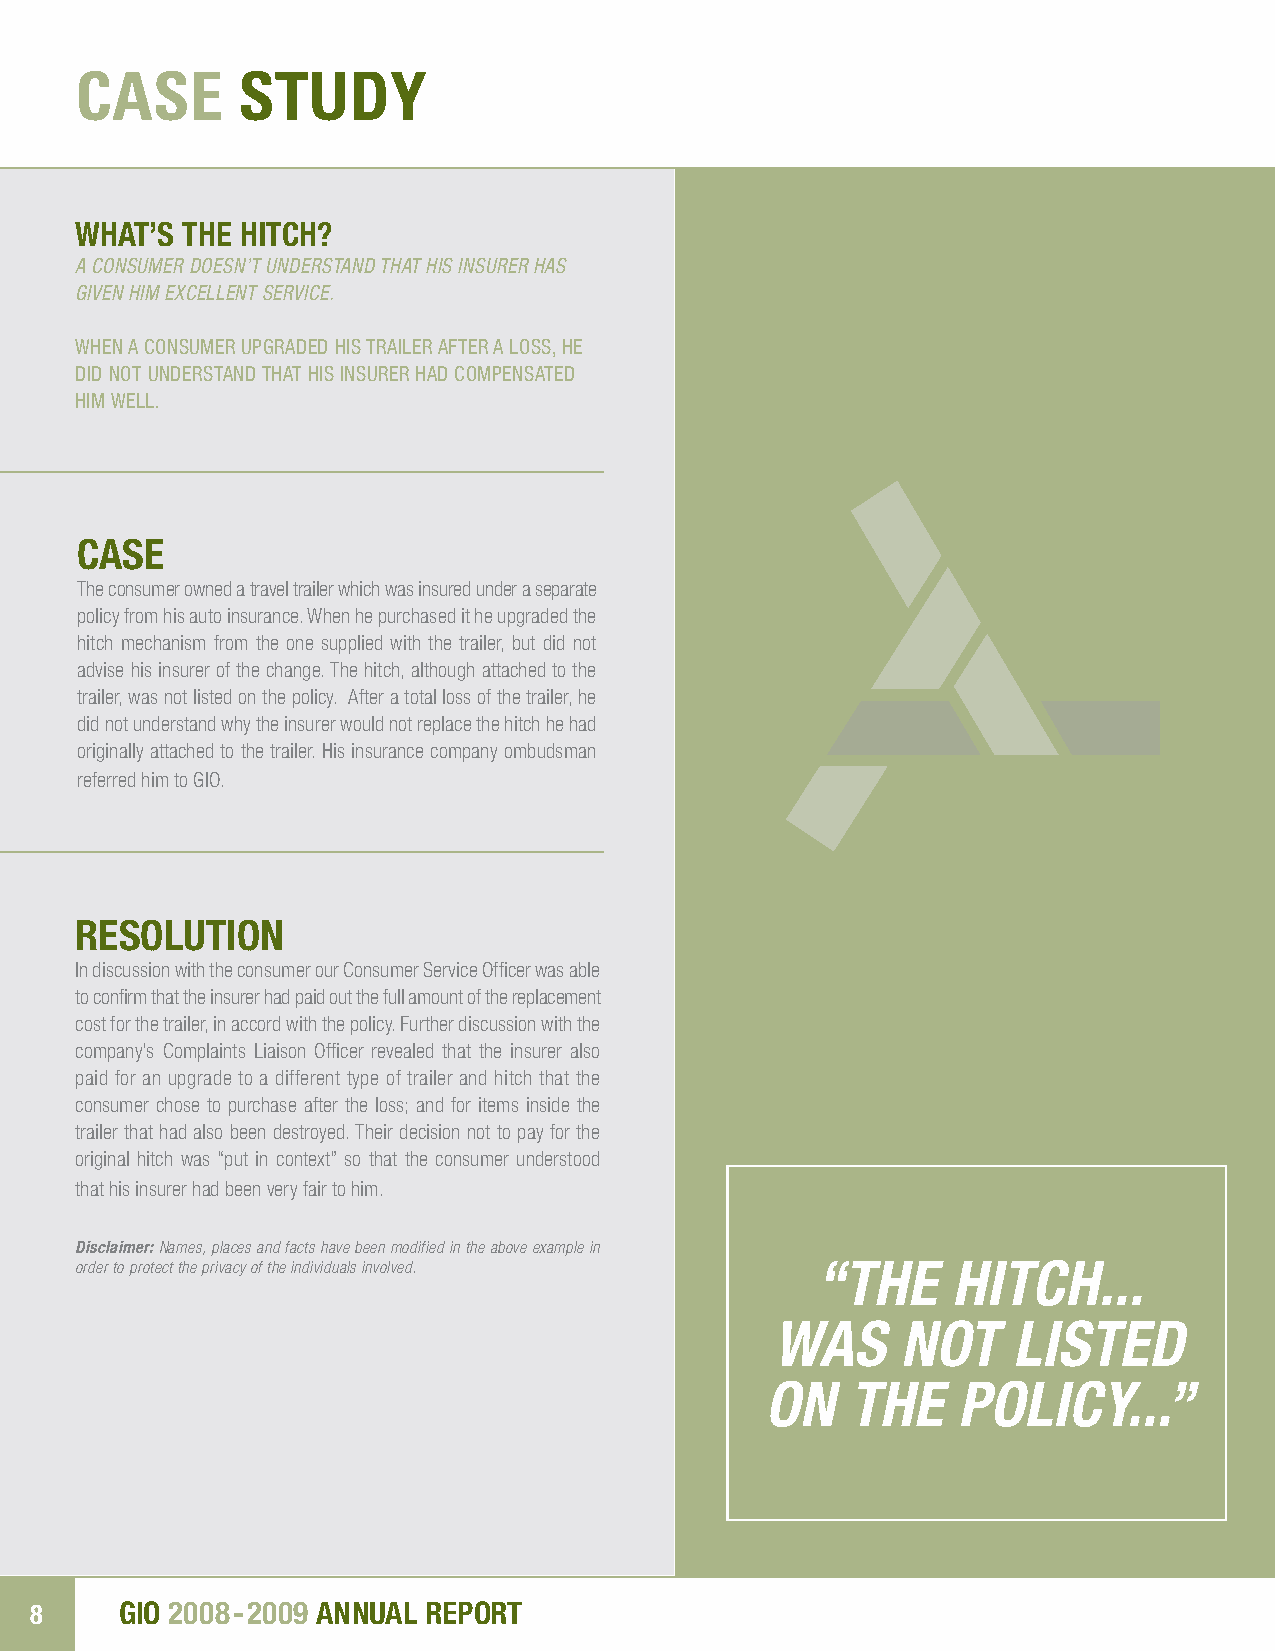
CASE       STUDY
 WHAT’S THE HITCH?
 A CONSUMER DOESN’T UNDERSTAND THAT HIS INSURER HAS
 GIVEN HIM EXCELLENT SERVICE.
 WHEN A CONSUMER UPGRADED HIS TRAILER AFTER A LOSS, HE
 DID NOT UNDERSTAND THAT HIS INSURER HAD COMPENSATED
 HIM WELL.
 CASE
 The consumer owned a travel trailer which was insured under a separate
 policy from his auto insurance. When he purchased it he upgraded the
 hitch mechanism from the one supplied with the trailer, but did not
 advise his insurer of the change. The hitch, although attached to the
 trailer, was not listed on the policy. After a total loss of the trailer, he
 did not understand why the insurer would not replace the hitch he had
 originally attached to the trailer. His insurance company ombudsman
 referred him to GIO.
 RESOLUTION
 In discussion with the consumer our Consumer Service Officer was able
 to confirm that the insurer had paid out the full amount of the replacement
 cost for the trailer, in accord with the policy. Further discussion with the
 company’s Complaints Liaison Officer revealed that the insurer also
 paid for an upgrade to a different type of trailer and hitch that the
 consumer chose to purchase after the loss; and for items inside the
 trailer that had also been destroyed. Their decision not to pay for the
 original hitch was “put in context” so that the consumer understood
 that his insurer had been very fair to him.
 Disclaimer: Names, places and facts have been modified in the above example in
 order to protect the privacy of the individuals involved. “THE HITCH...
 WAS      NOT    LISTED
 ON   THE    POLICY...”
 8     GIO 2008 -2009 ANNUAL REPORT